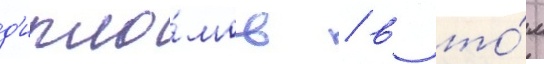
д'ипло́мов / в то́м